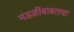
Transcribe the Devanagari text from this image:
मंडळींबाबतचा